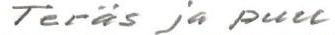
Teräs ja puu